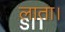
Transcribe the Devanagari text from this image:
लाता।